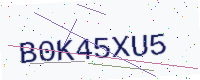
Text: B0K45XU5